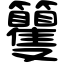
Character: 籰